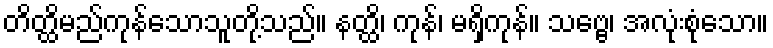
တိတ္ထိမည်ကုန်သောသူတို့သည်။ နတ္ထိ၊ ကုန်၊ မရှိကုန်။ သဗ္ဗေ၊ အလုံးစုံသော။